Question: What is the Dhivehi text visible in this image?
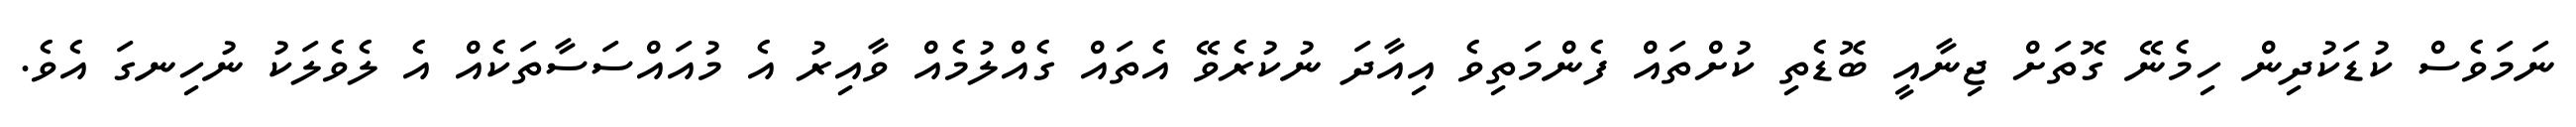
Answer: ނަމަވެސް ކުޑަކުދިން ހިމެނޭ ގޮތަށް ޖިނާއީ ބޮޑެތި ކުށްތައް ފެންމަތިވެ އިއާދަ ނުކުރެވޭ އެތައް ގެއްލުމެއް ވާއިރު އެ މުއައްސަސާތަކެއް އެ ލެވެލަކު ނުހިނގަ އެވެ.